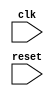
module pci_express_timing_control_and_sync (
    input wire clk,
    input wire reset,
    // Other input and output ports
    
    // Declare and instantiate necessary timing control and synchronization blocks here
);

// Verilog code for timing control and synchronization blocks

endmodule